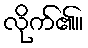
လိုက်၏။